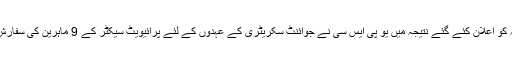
جمعہ کو اعلان کئے گئے نتیجہ میں یو پی ایس سی نے جوائنٹ سکریٹری کے عہدوں کے لئے پرائیویٹ سیکٹر کے 9 ماہرین کی سفارش کی۔